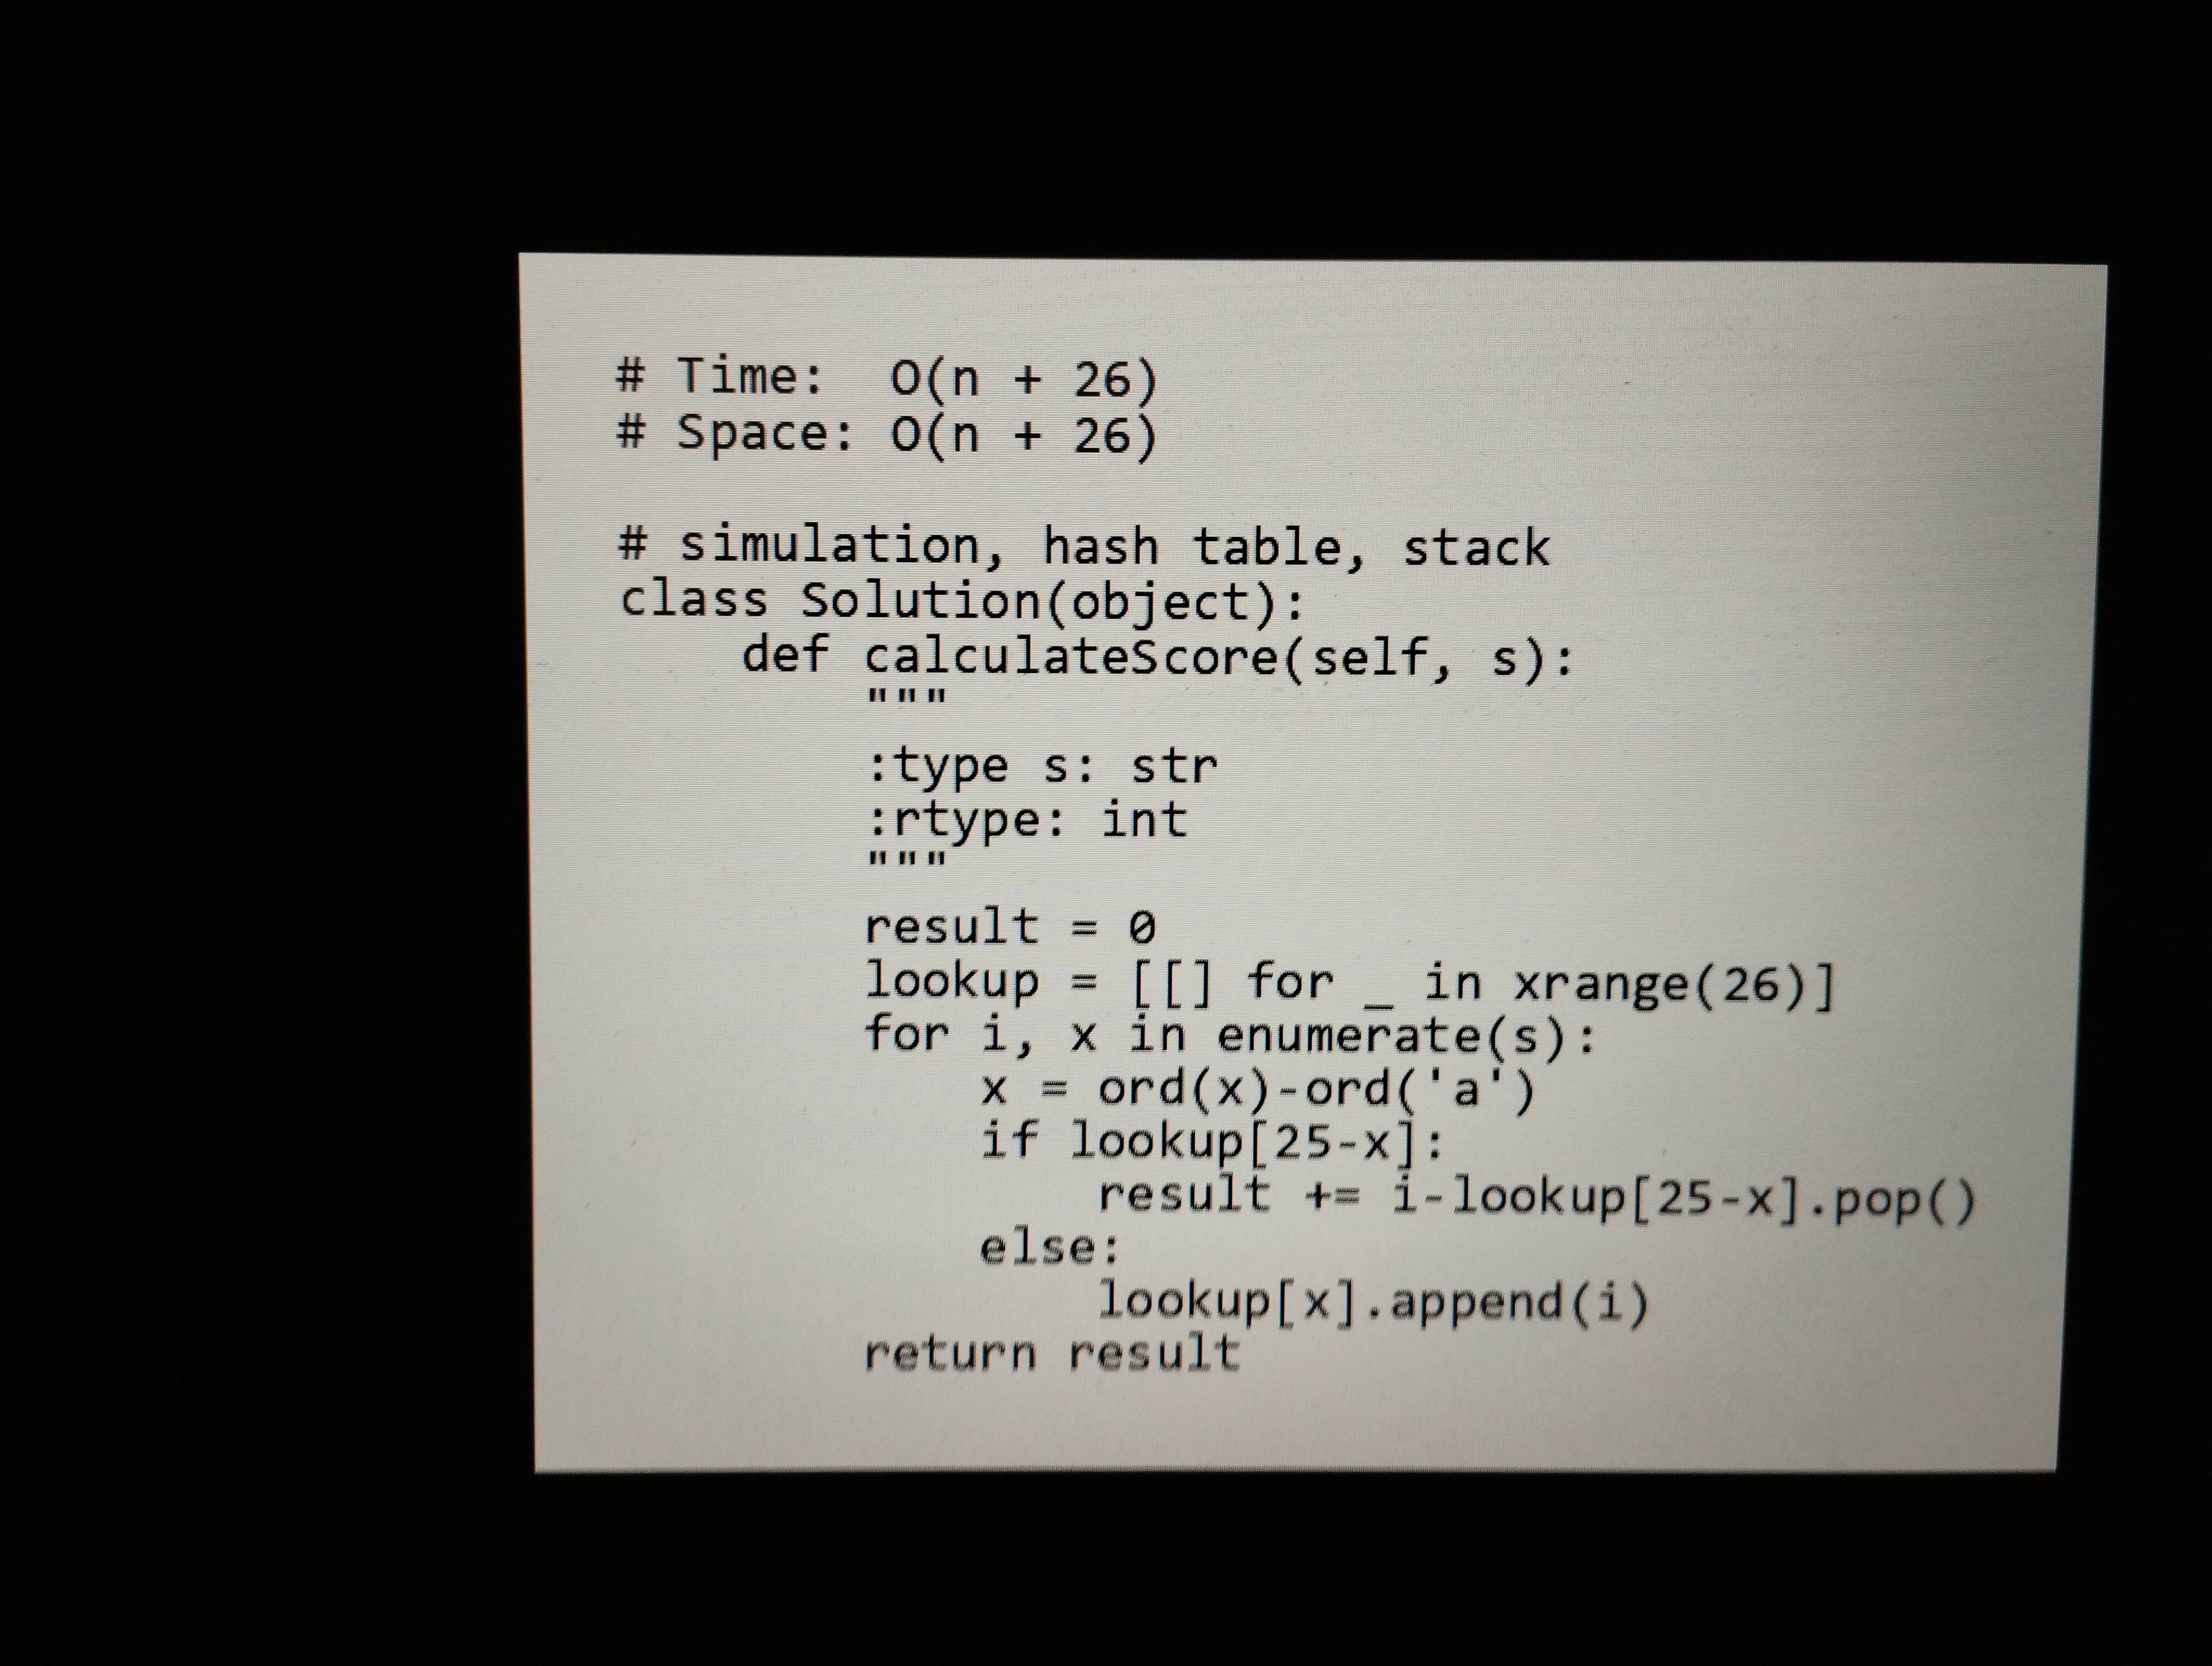
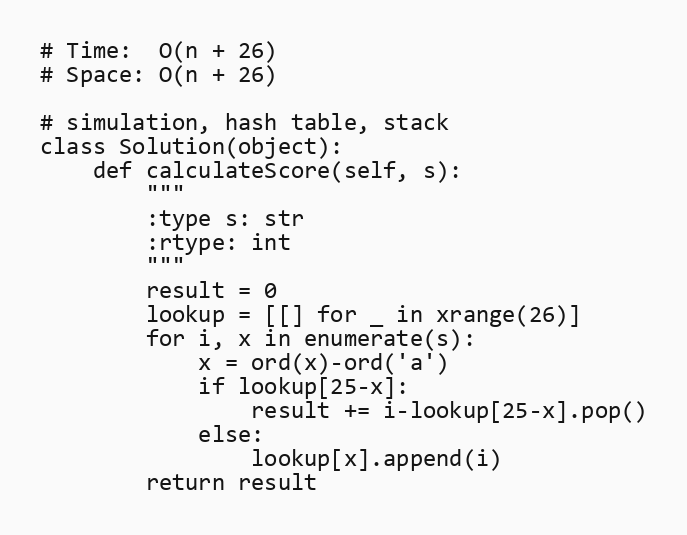
# Time:  O(n + 26)
# Space: O(n + 26)

# simulation, hash table, stack
class Solution(object):
    def calculateScore(self, s):
        """
        :type s: str
        :rtype: int
        """
        result = 0
        lookup = [[] for _ in xrange(26)]
        for i, x in enumerate(s):
            x = ord(x)-ord('a')
            if lookup[25-x]:
                result += i-lookup[25-x].pop()
            else:
                lookup[x].append(i)
        return result